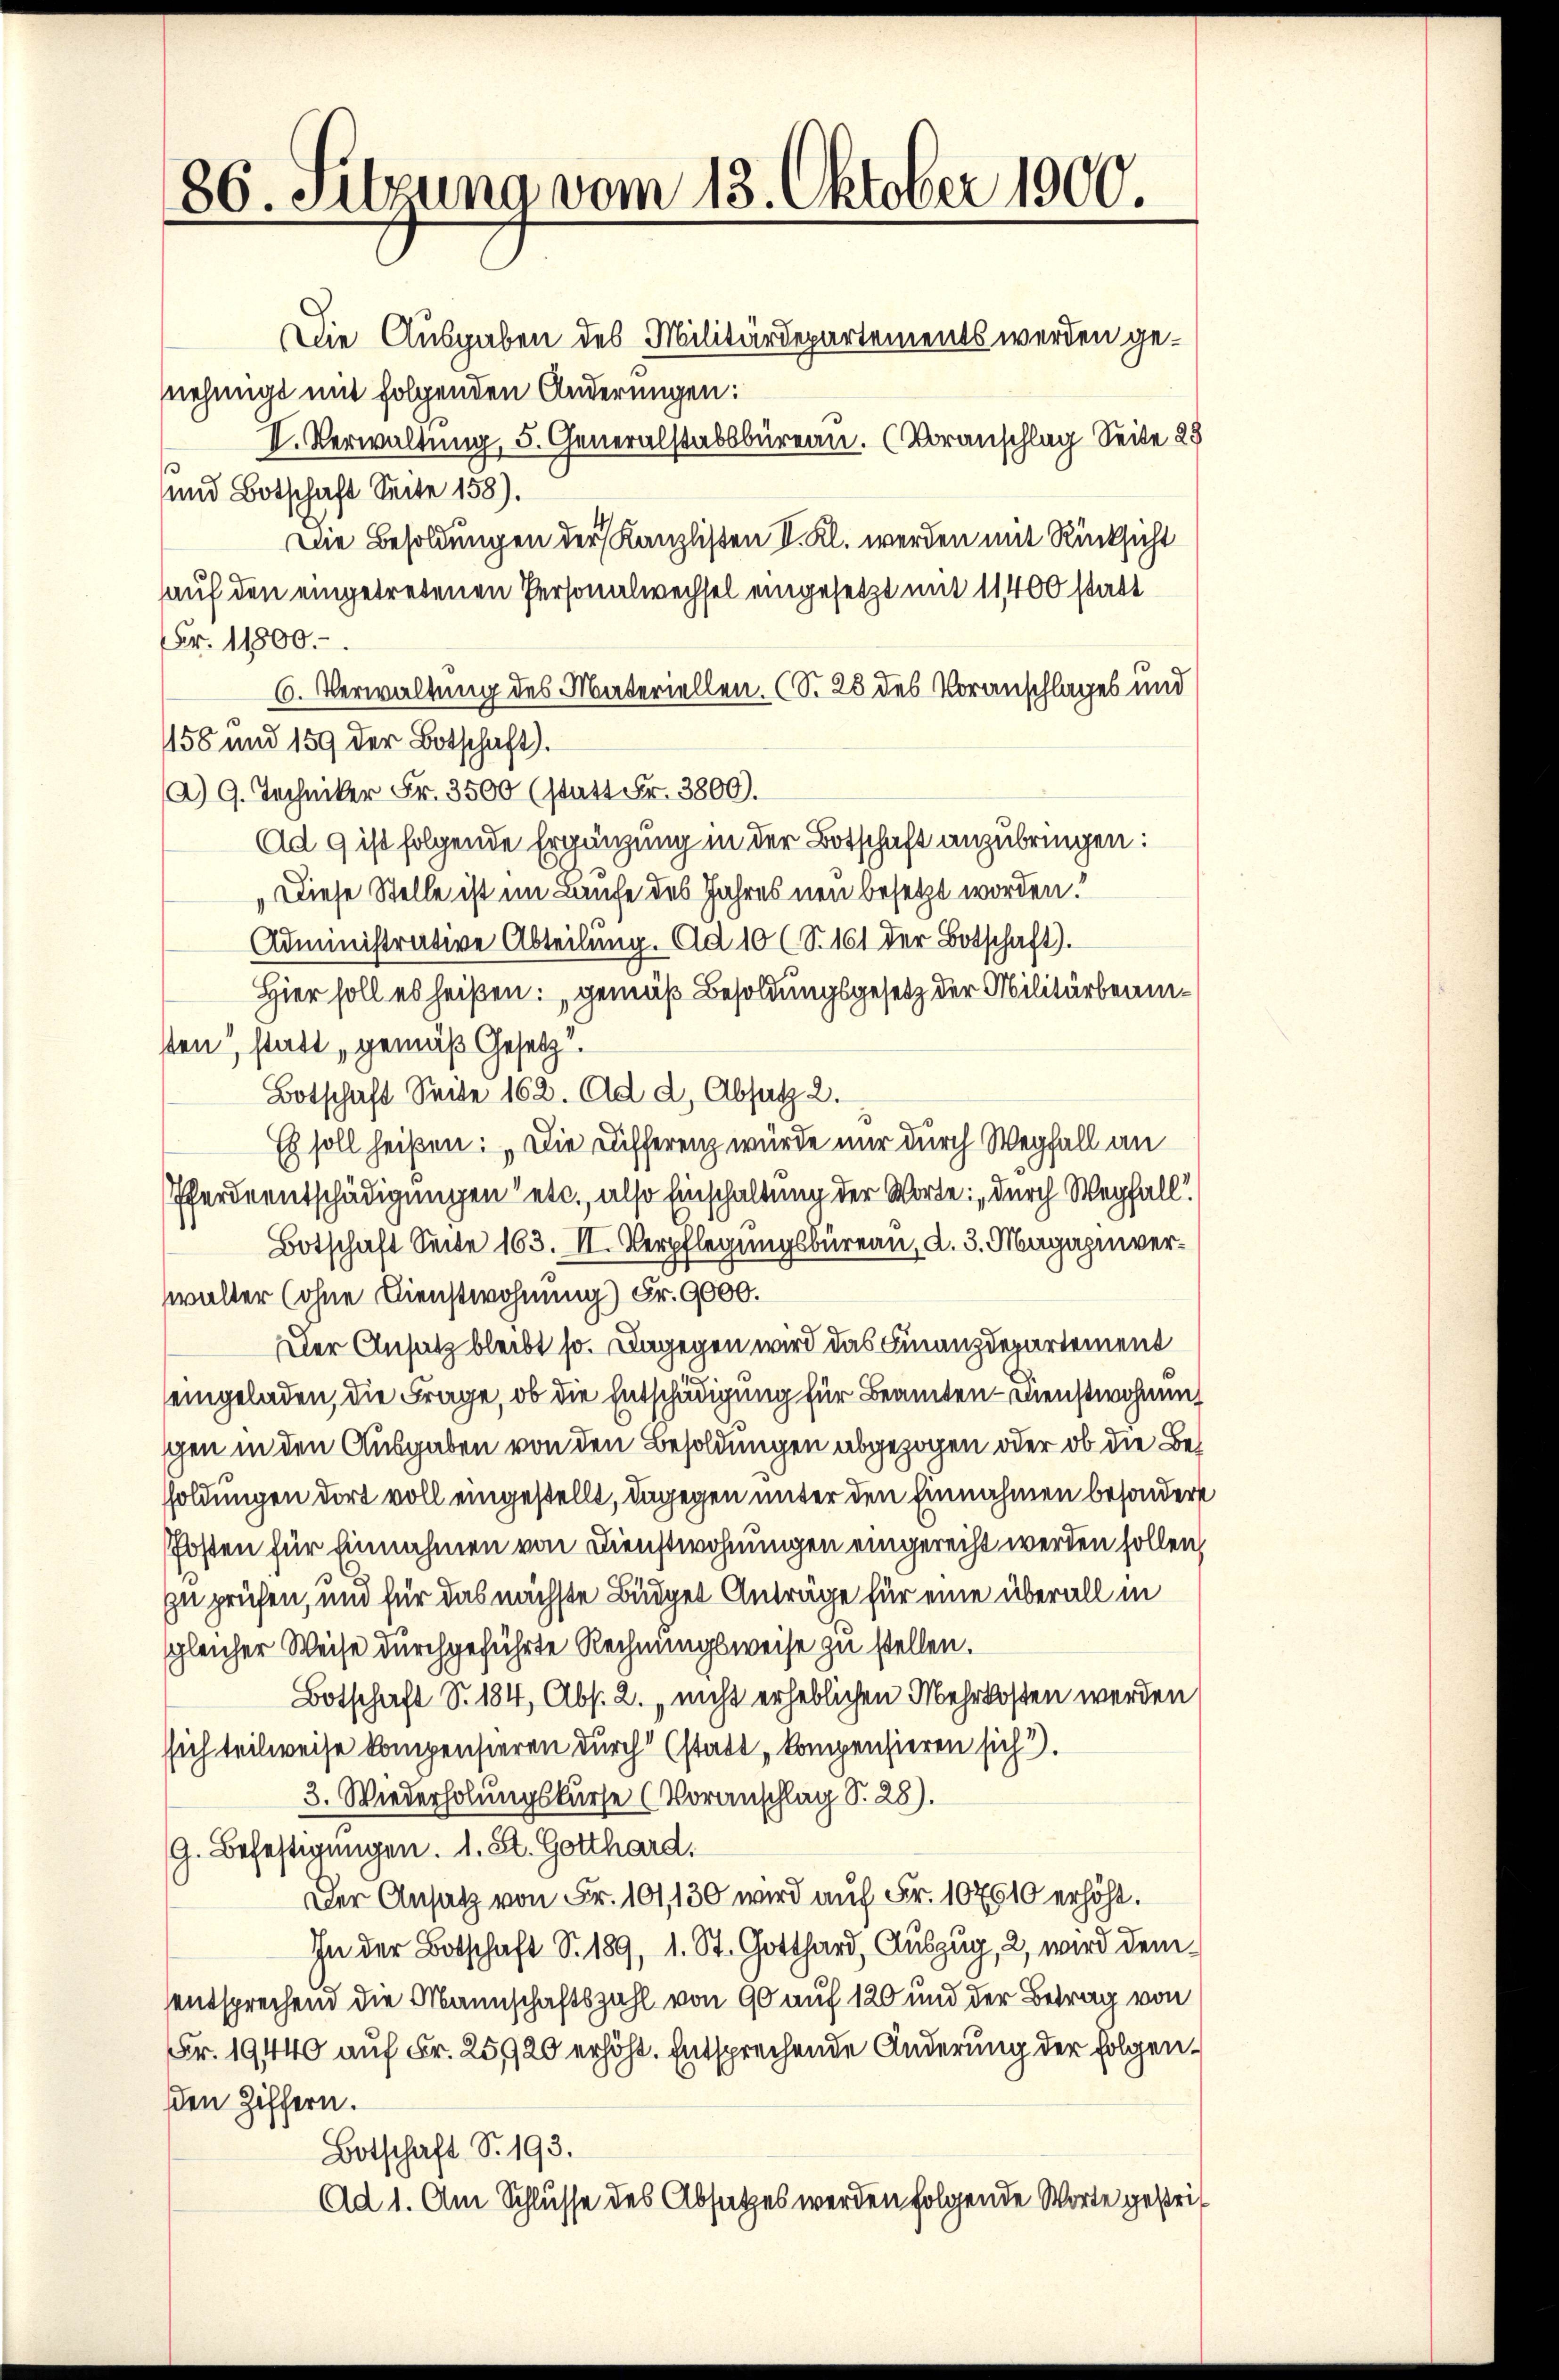
186. Sitzuna vom 13. Oktober 1900.
Die Ausgaben des Militärdepartements werden genehmigt mit folgenden Änderungen:
I. Verwaltung, 5. Generalstabsbureau. (Voranschlag Seite 29

3
und Botschaft Seite 158).
Die Besoldungen der Kanzlisten I. Kl. werden mit Rücksicht
auf den eingetretenen Personalwechsel eingesetzt mit 11400 statt
Fr. 11800.
6. Verwaltung des Materiellen. (S. 25 des Voranschlages und
158 und 159 der Botschaft).
a) G. Techniker Fr. 3500 (statt Fr. 3800.
Ad 9 ist folgende Ergänzung in der Botschaft anzubringen:
„Diese Stelle ist im Laufe des Jahres neu besetzt worden.
Administrative Abteilŭng. Ad 10 (S. 161 der Botschaft).
Hier soll es heißen: gemäß Besoldungsgesetz der Militärbeamsten, statt, gemäß Gesetz
Botschaft Seite 162. Ad. d. Absatz 2.
Es soll heißen: „Die Differenz würde nur durch Wegfall an
Pferdeentschädigungen etc., also Einschaltung der Worte: „durch Wegfall
Botschaft Seite 163. II. Verpflegungsbüreau, d. 3. Magazinverwalter (ohne Dienstwohnung) Fr. 9000.
Der Ansatz bleibt so. Dagegen wird das Finanzdepartement
eingeladen, die Frage, ob die Entschädigung für Beamten - Dienstwohnung
schen in den Ausgaben von den Besoldungen abgezogen oder ob die Besoldungen dort voll eingestellt, dagegen unter den Einnahmen besonders
Posten für Einnahmen von Dienstwohnungen eingerecht werden sollen,
zu prüfen, und für das nächste Büdget Anträge für eine überall in
sgleicher Weise durchgeführte Rechnungsweise zu stellen.
Botschaft S. 184, Abs. 2., nicht erheblichen Mehrkosten werden
sich teilweise kompensieren durch (statt, kompensieren sich 3.
3. Wiederholungskurse (Voranschlag S. 28).
G. Befestigungen. 1. St. Gotthard,
Der Ansatz von Fr. 101, 130 wird auf Fr. 107610 erhöht.
In der Botschaft S. 189, 1. St. Gotthard, Auszug, 2, wird dem
entsprechend die Mannschaftszahl von 90 auf 120 und der Betrag von
Fr. 19440 auf Fr. 25920 erhöht. Entsprechende Änderung der folgenden Ziffern.
Botschaft S. 193.
Ad 1. Am Schlusse des Absatzes werden folgende Worte gestri¬